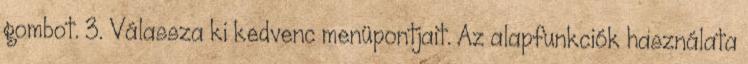
gombot. 3. Válassza ki kedvenc menüpontjait. Az alapfunkciók használata